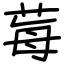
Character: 莓